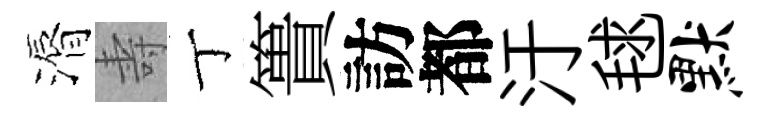
漘壽丁簣訪都汙毬默